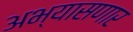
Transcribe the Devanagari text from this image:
अभ्यासणार